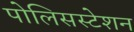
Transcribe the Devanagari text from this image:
पोलिसस्टेशन